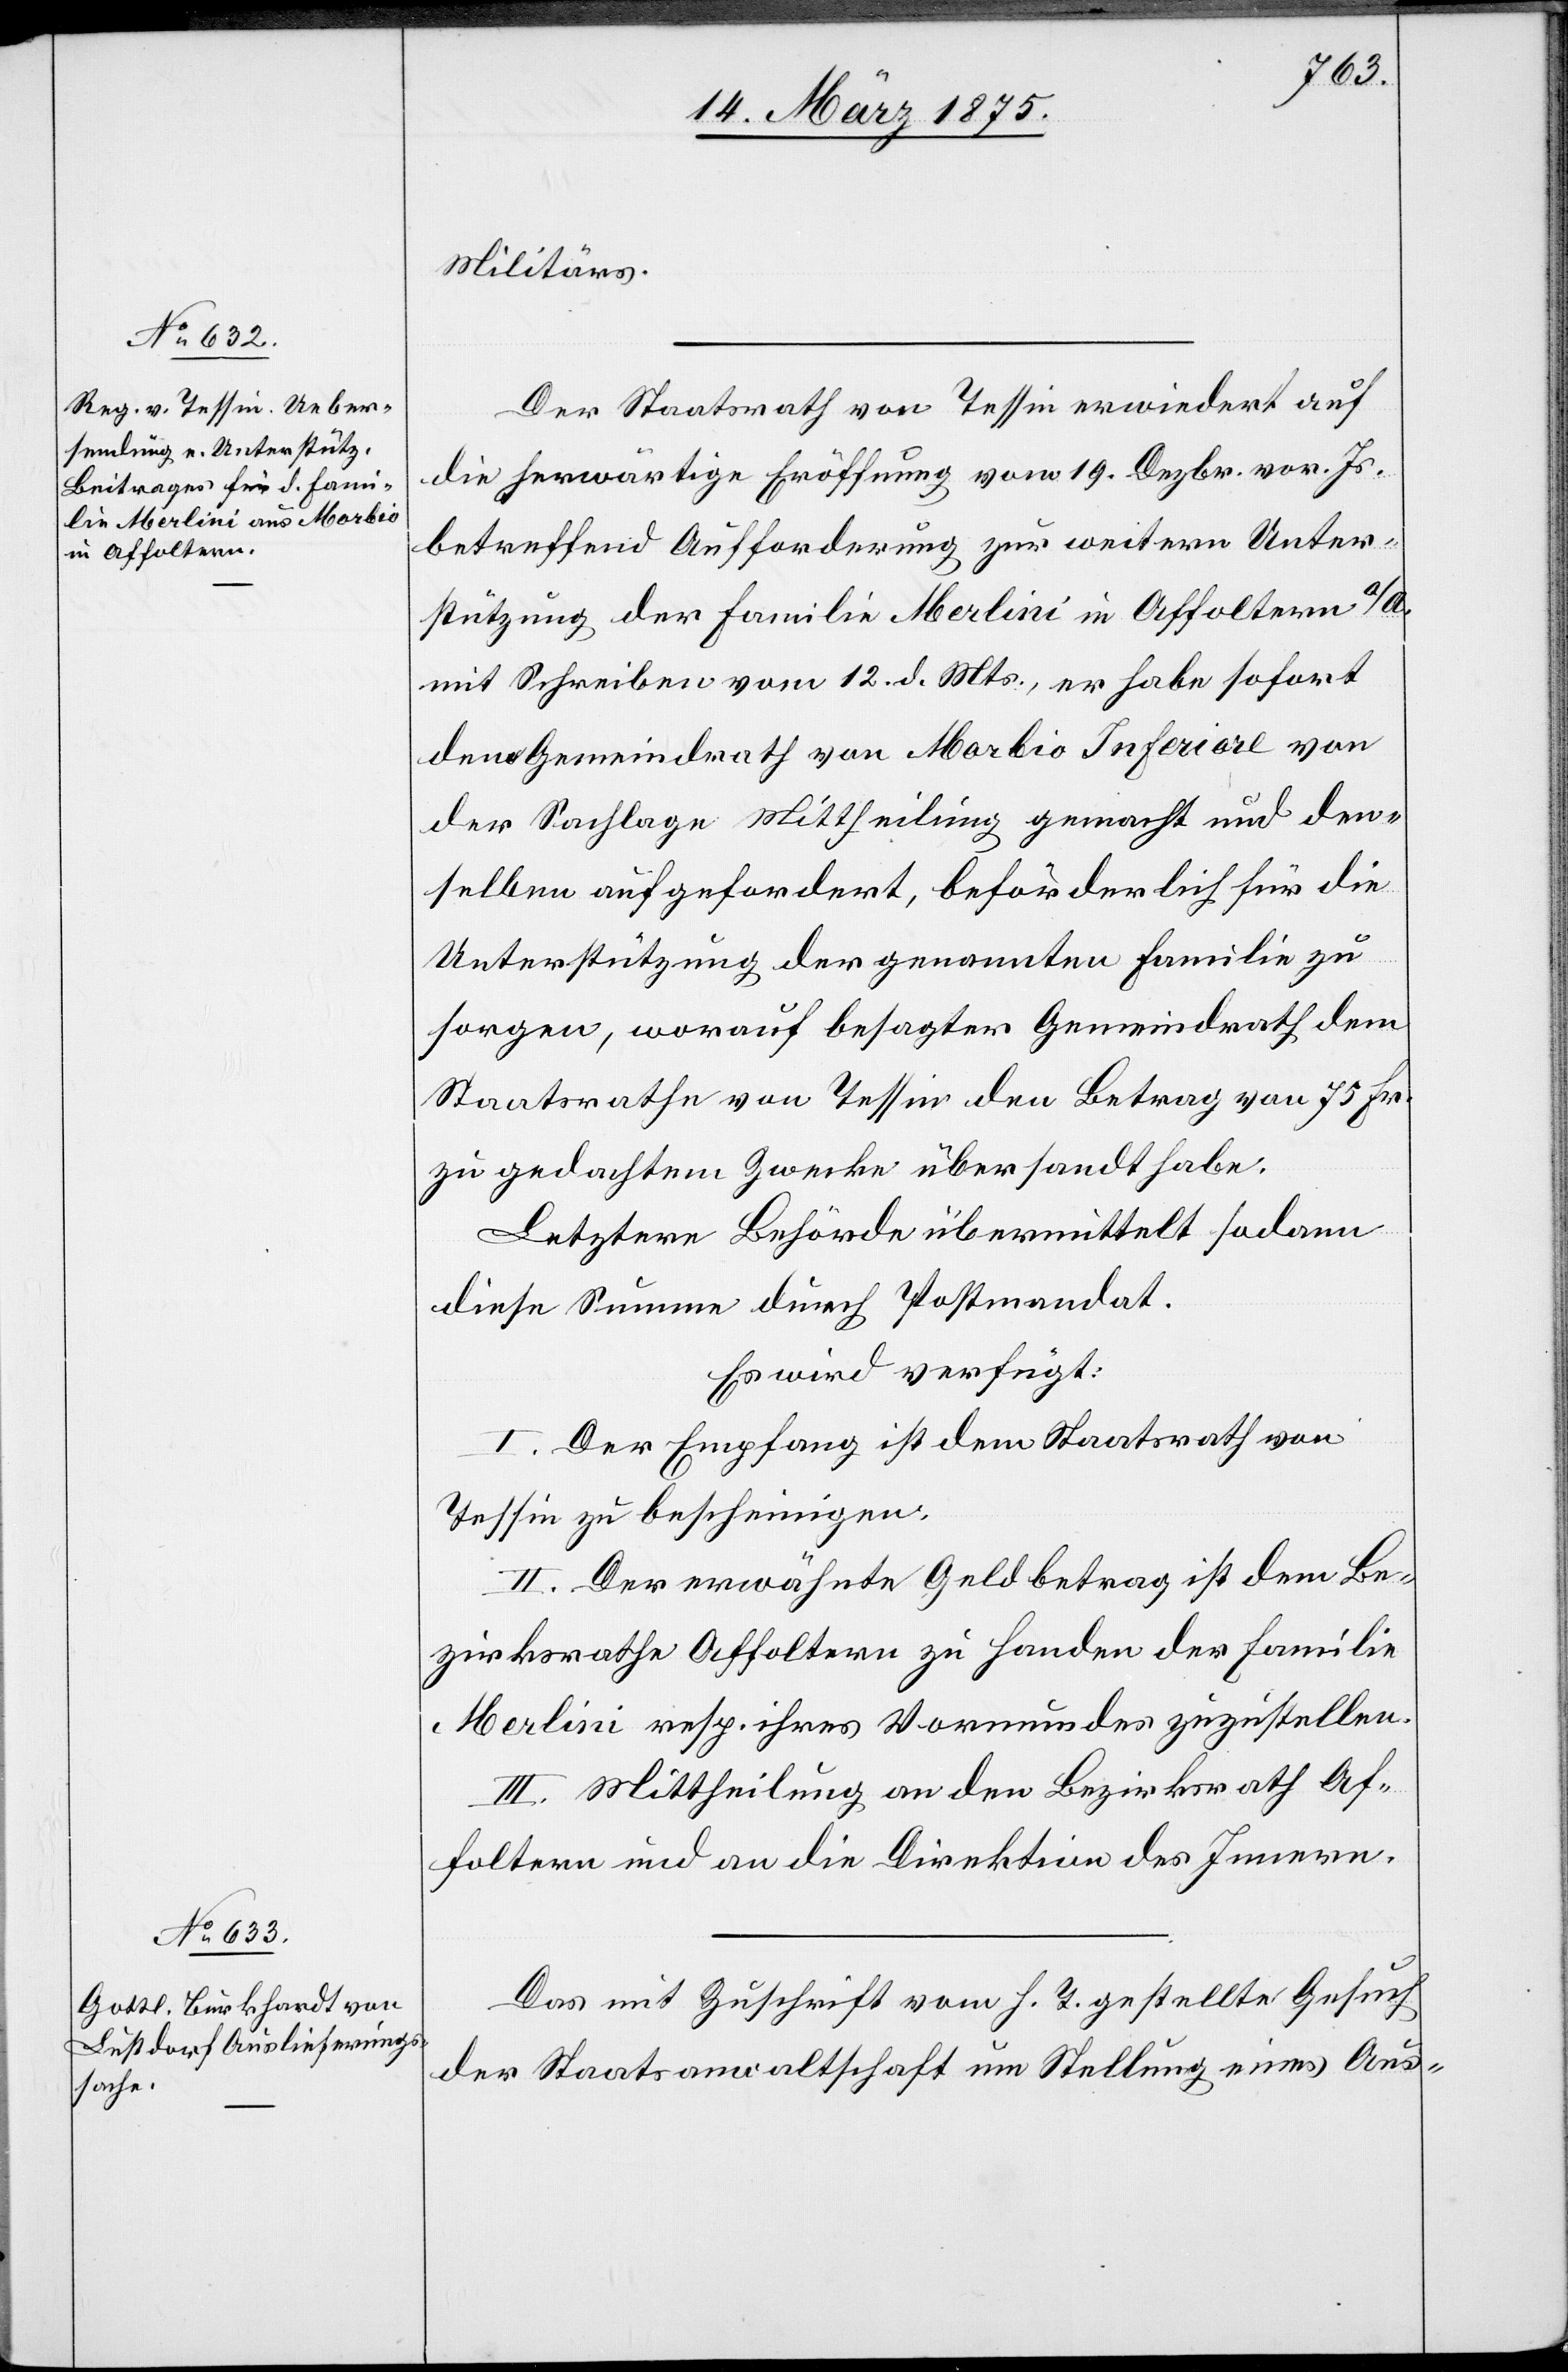
17. März 1875.]
Militärs.
Der Staatsrath von Tessin erwiedert auf
die fragwürdige Eröffnung vom 19. Dezbr. vor. Js.
betreffend Aufforderung zur weitern Unter¬
stützung der Familie Merlini in Affoltern a/A.
mit Schreiben vom 12. d. Mts., er habe sofort
den Gemeindrath von Morbio Inferiore von
der Sachlage Mittheilung gemacht und den¬
selben aufgefordert, beförderlich für die
Unterstützung der genannten Familie zu
sorgen, worauf besagter Gemeindrath dem
Staatsrathe von Tessin den Betrag von 75 Fr.
zu gedachtem Zwecke übersandt habe.
Letztere Behörde übermittelt sodann
diese Summe durch Postmandat.
Es wird verfügt:
I. Der Empfang ist dem Staatsrath von
Tessin zu bescheinigen.
II. Der erwähnte Geldbetrag ist dem Be¬
zirksrathe Affoltern zu Handen der Familie
Merlini resp. ihres Vormundes zuzustellen.
III. Mittheilung an den Bezirksrath Af¬
foltern und an die Direktion des Innern.
Das mit Zuschrift vom h. T. gestellte Gesuch
der Staatsanwaltschaft um Stellung eines Aus-